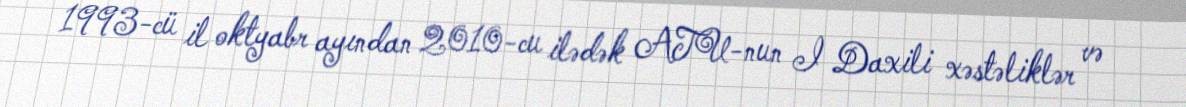
1993-cü il oktyabr ayından 2010-cu ilədək ATU-nun I Daxili xəstəliklər və